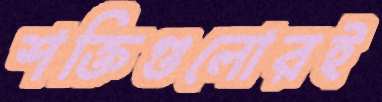
শক্তিগুলোরই